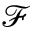
\mathcal { F }